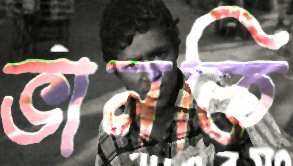
ভালকি